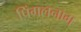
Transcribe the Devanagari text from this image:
पिंगलनाग